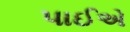
પાઈએ